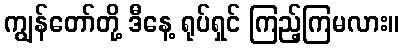
ကျွန်တော်တို့ ဒီနေ့ ရုပ်ရှင် ကြည့်ကြမလား။